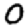
Digit: 0